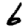
Digit: 6